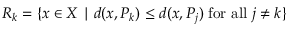
R _ { k } = \{ x \in X \mid d ( x , P _ { k } ) \leq d ( x , P _ { j } ) \; { \mathrm { f o r ~ a l l } } \; j \neq k \}